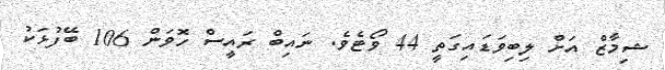
ޝިމާޒް އަށް ލިބިވަޑައިގަތީ 44 ވޯޓެވެ. ނައިބް ރައީސް ހޮވަން 106 ބޭފުޅަކު